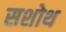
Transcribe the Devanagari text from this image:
सशोथ